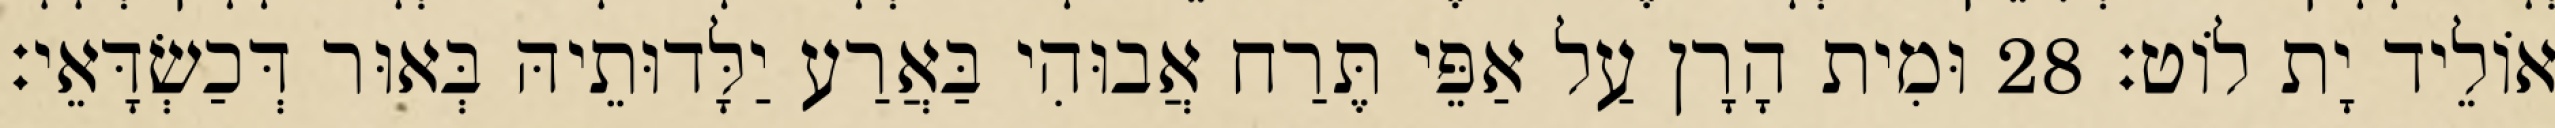
אוֹלֵיד יָת לוֹט׃ 28 וּמִית הָרָן עַל אַפֵּי תֶּרַח אֲבוּהִי בַּאֲרַע יַלָּדוּתֵיהּ בְּאוּר דְּכַשְׂדָּאֵי׃